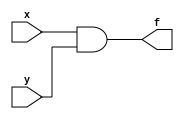
// Simple AND
//----------------------------------
// Type : module
// Contact : mathewtg.mec@gmail.com
//------------------
//------------------
// Notes :- Too Simple for a note na ?
//

module simple_and (f,x,y);
input x,y;
output f;
assign f=x&y;
endmodule